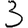
Digit: 3